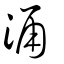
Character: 涌